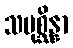
သမုစ္ဆိန္နာ